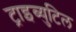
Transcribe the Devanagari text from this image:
ट्राइब्युटिल